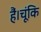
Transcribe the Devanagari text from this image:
हैं।चूंकि